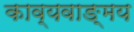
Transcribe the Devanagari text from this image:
काव्यवाङ्‌मय